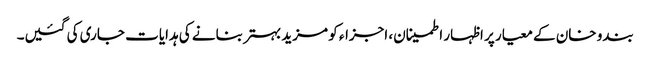
بندو خان کے معیار پر اظہار اطمینان، اجزاء کو مزید بہتر بنانے کی ہدایات جاری کی گئیں۔